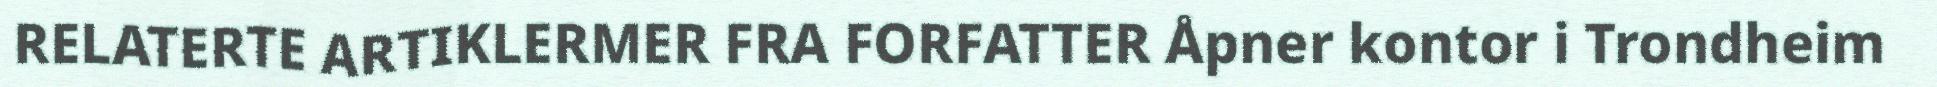
RELATERTE ARTIKLERMER FRA FORFATTER Åpner kontor i Trondheim